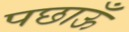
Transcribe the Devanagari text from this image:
पछाऊँ